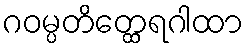
ဂဝမ္ပတိတ္ထေရဂါထာ